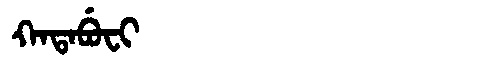
Manchu: ᡴᠠᡨᠠᠪᡠᠸᡳ
Romanization: KATABUFI